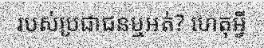
របស់ប្រជាជនឬអត់? ហេតុអ្វី